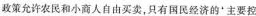
政策允许农民和小商人自由买卖，只有国民经济的'主要控